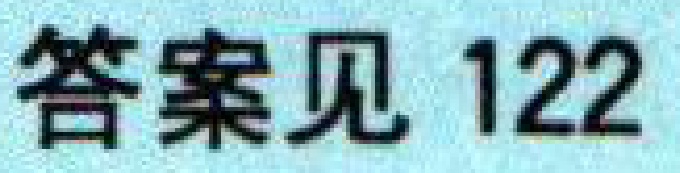
答案见 122